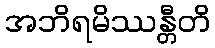
အဘိရမိဿန္တီတိ